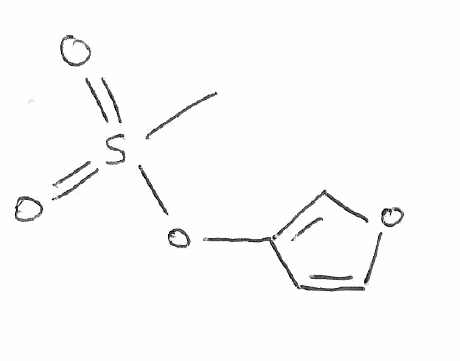
Simplified molecular-input line-entry system (SMILES) notation of the given molecule:
CS(=O)(=O)OC1=COC=C1